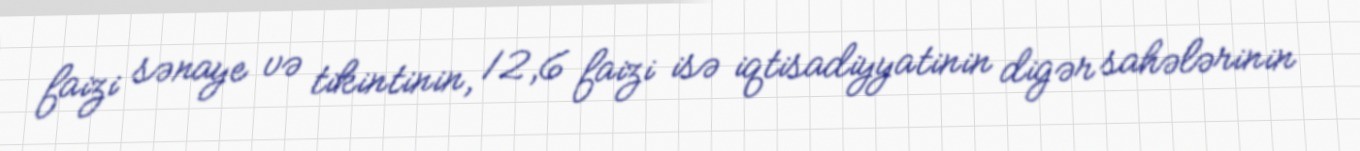
faizi sənaye və tikintinin, 12,6 faizi isə iqtisadiyyatinin digər sahələrinin